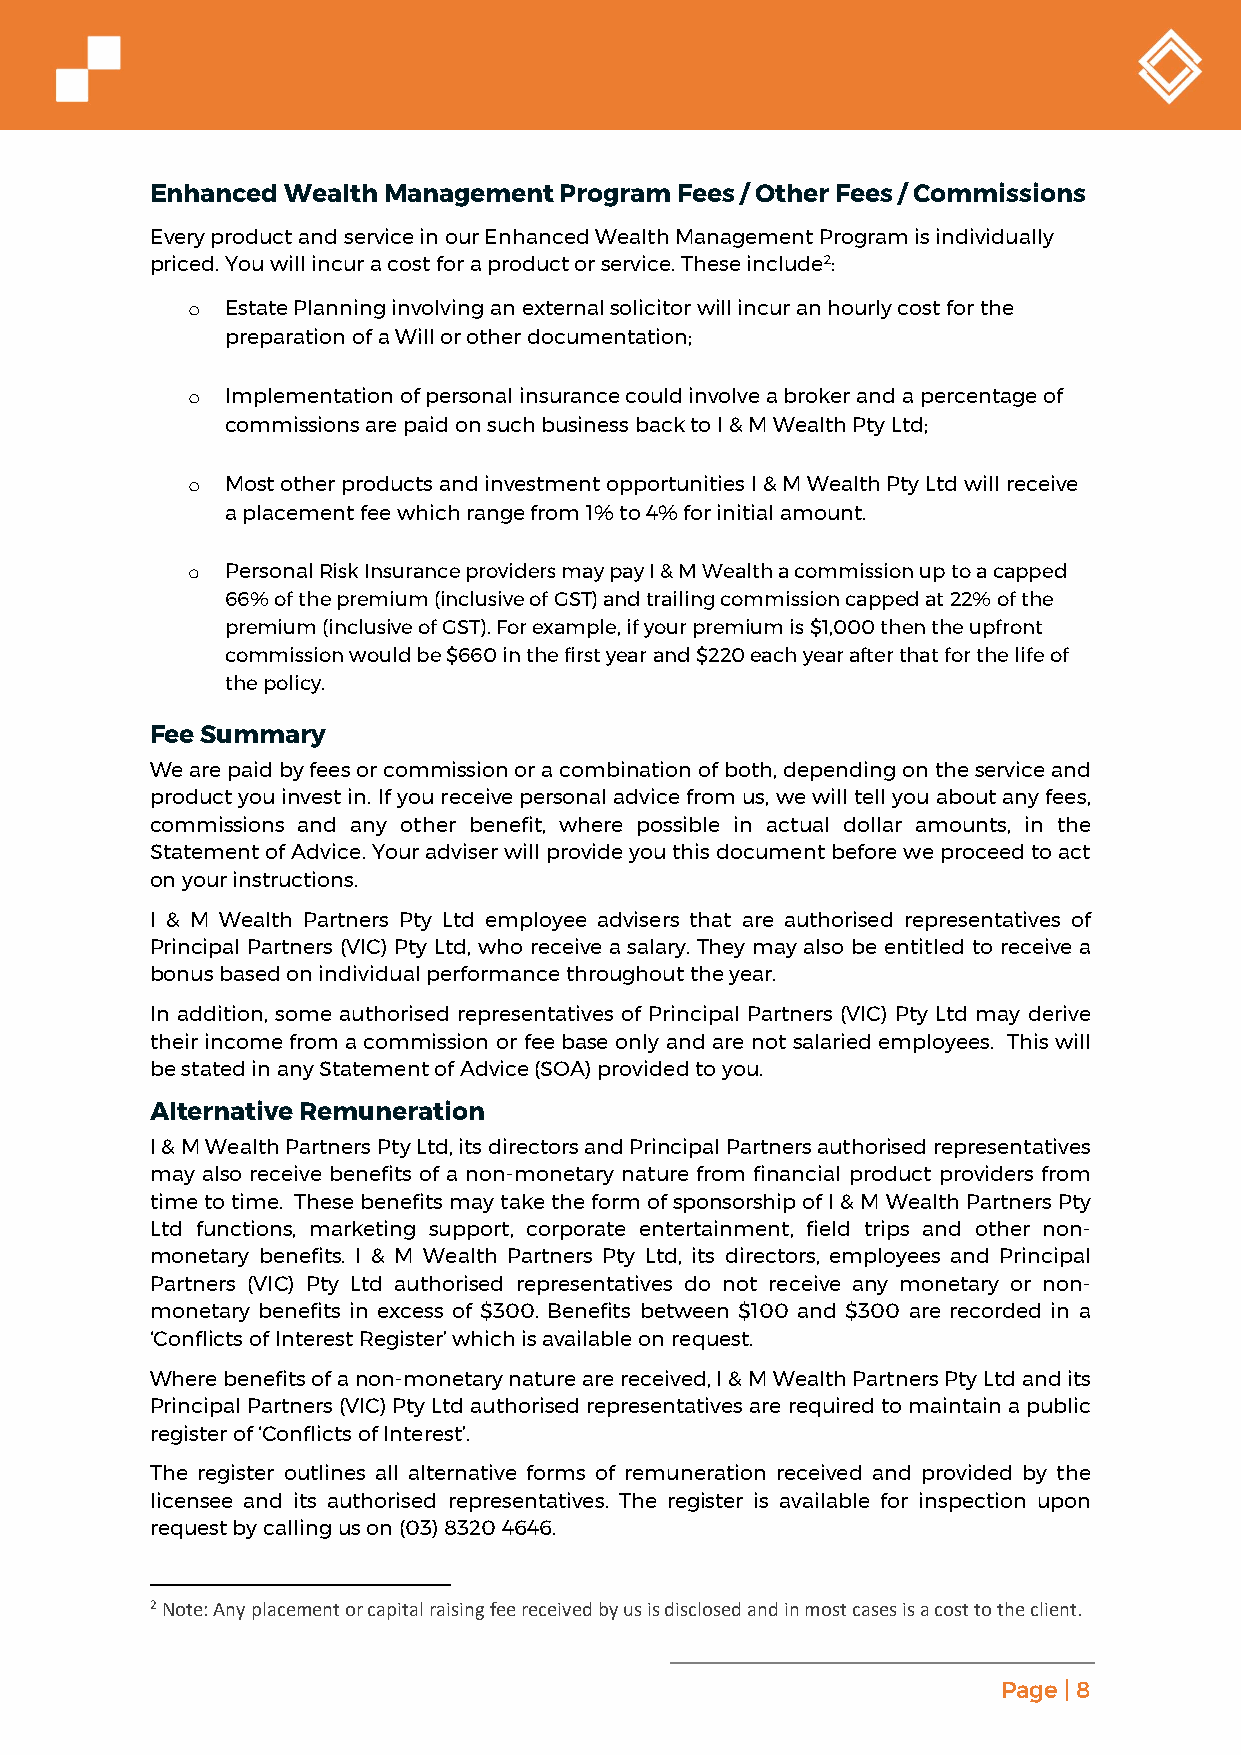
Enhanced Wealth Management Program Fees / Other Fees / Commissions
 Every product and service in our Enhanced Wealth Management Program is individually
 priced. You will incur a cost for a product or service. These include2:
 o  Estate Planning involving an external solicitor will incur an hourly cost for the
 preparation of a Will or other documentation;
 o  Implementation of personal insurance could involve a broker and a percentage of
 commissions are paid on such business back to I & M Wealth Pty Ltd;
 o  Most other products and investment opportunities I & M Wealth Pty Ltd will receive
 a placement fee which range from 1% to 4% for initial amount.
 o  Personal Risk Insurance providers may pay I & M Wealth a commission up to a capped
 66% of the premium (inclusive of GST) and trailing commission capped at 22% of the
 premium (inclusive of GST). For example, if your premium is $1,000 then the upfront
 commission would be $660 in the first year and $220 each year after that for the life of
 the policy.
 Fee Summary
 We are paid by fees or commission or a combination of both, depending on the service and
 product you invest in. If you receive personal advice from us, we will tell you about any fees,
 commissions and any other benefit, where possible in actual dollar amounts, in the
 Statement of Advice. Your adviser will provide you this document before we proceed to act
 on your instructions.
 I & M Wealth Partners Pty Ltd employee advisers that are authorised representatives of
 Principal Partners (VIC) Pty Ltd, who receive a salary. They may also be entitled to receive a
 bonus based on individual performance throughout the year.
 In addition, some authorised representatives of Principal Partners (VIC) Pty Ltd may derive
 their income from a commission or fee base only and are not salaried employees. This will
 be stated in any Statement of Advice (SOA) provided to you.
 Alternative Remuneration
 I & M Wealth Partners Pty Ltd, its directors and Principal Partners authorised representatives
 may also receive benefits of a non-monetary nature from financial product providers from
 time to time. These benefits may take the form of sponsorship of I & M Wealth Partners Pty
 Ltd functions, marketing support, corporate entertainment, field trips and other non-
 monetary benefits. I & M Wealth Partners Pty Ltd, its directors, employees and Principal
 Partners (VIC) Pty Ltd authorised representatives do not receive any monetary or non-
 monetary benefits in excess of $300. Benefits between $100 and $300 are recorded in a
 ‘Conflicts of Interest Register’ which is available on request.
 Where benefits of a non-monetary nature are received, I & M Wealth Partners Pty Ltd and its
 Principal Partners (VIC) Pty Ltd authorised representatives are required to maintain a public
 register of ‘Conflicts of Interest’.
 The register outlines all alternative forms of remuneration received and provided by the
 licensee and its authorised representatives. The register is available for inspection upon
 request by calling us on (03) 8320 4646.
 2 Note: Any placement or capital raising fee received by us is disclosed and in most cases is a cost to the client.
 Page | 8